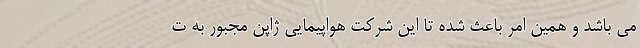
می باشد و همین امر باعث شده تا این شرکت هواپیمایی ژاپن مجبور به ت